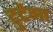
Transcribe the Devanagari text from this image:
टुटेगा